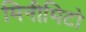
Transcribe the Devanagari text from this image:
मिनीमिटो